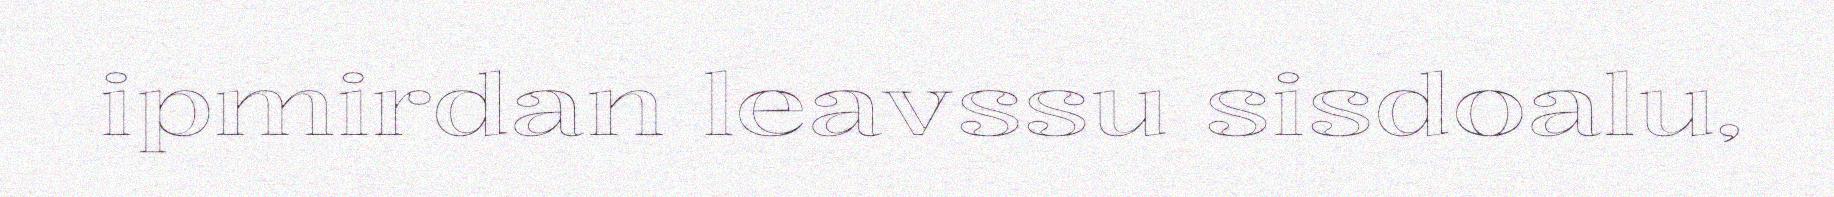
ipmirdan leavssu sisdoalu,